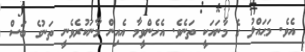
އެވެ. މަޙައްލު ގެ މާނައަކީ ތަނެވެ. އެހެންވީމާ އެއިން މާނަކުރެވެނީ ތަނުގެ ބަސް